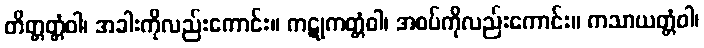
တိတ္တတ္တံဝါ၊ အခါးကိုလည်းကောင်း။ ကဋုကတ္တံဝါ၊ အစပ်ကိုလည်းကောင်း။ ကသာယတ္တံဝါ၊